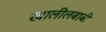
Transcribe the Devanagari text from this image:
खालीलबाबी